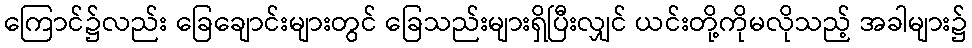
ကြောင်၌လည်း ခြေချောင်းများတွင် ခြေသည်းများရှိပြီးလျှင် ယင်းတို့ကိုမလိုသည့် အခါများ၌